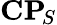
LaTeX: \mathbf{CP}\! _{S}